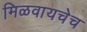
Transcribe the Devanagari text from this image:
मिळवायचेच